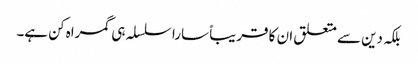
بلکہ دین سے متعلق ان کا قریباً سارا سلسلہ ہی گمراہ کن ہے۔